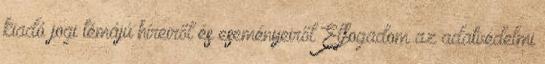
kiadó jogi témájú híreiről és eseményeiről Elfogadom az adatvédelmi